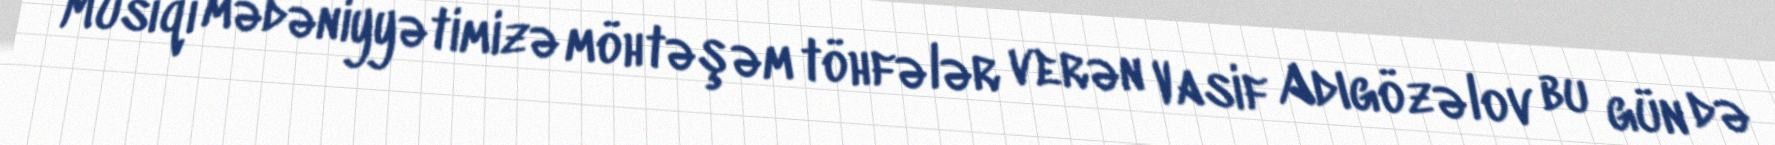
Musiqi mədəniyyətimizə möhtəşəm töhfələr verən Vasif Adıgözəlov bu gün də